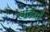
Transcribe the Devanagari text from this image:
खंडियाँ